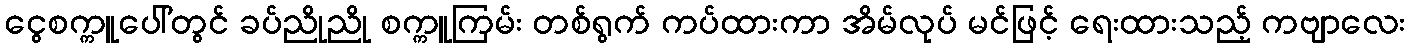
ငွေစက္ကူပေါ်တွင် ခပ်ညိုညို စက္ကူကြမ်း တစ်ရွက် ကပ်ထားကာ အိမ်လုပ် မင်ဖြင့် ရေးထားသည့် ကဗျာလေး